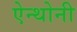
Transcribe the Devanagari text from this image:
ऐन्थोनी